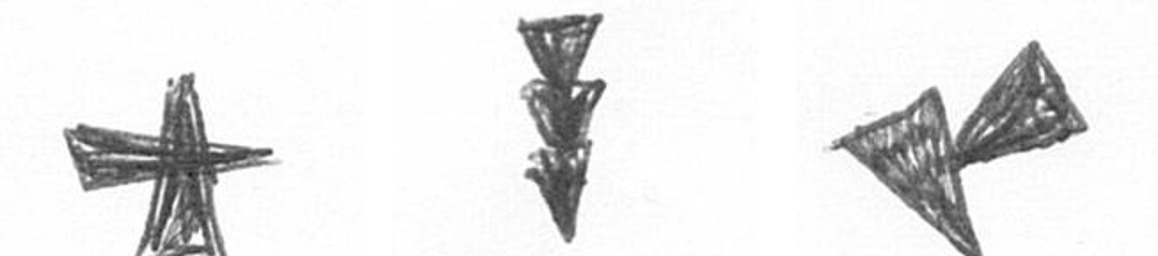
G E F